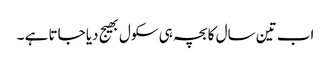
اب تین سال کا بچہ ہی سکول بھیج دیا جاتا ہے ۔